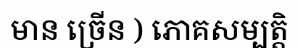
មាន ច្រើន ) ភោគសម្បត្តិ